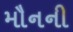
મૌનની